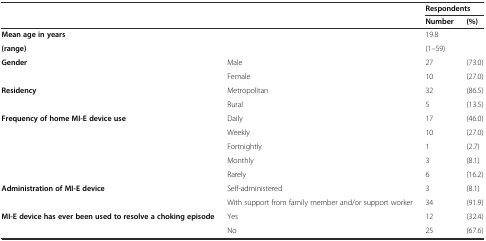
|  |  | <COLSPAN=2> Respondents |
 |  |  | Number | (%) |
 | --- | --- | --- | --- |
 | Mean age in years |  | 19.8 |  |
 | (range) |  | (1–59) |  |
 | Gender | Male | 27 | (73.0) |
 |  | Female | 10 | (27.0) |
 | Residency | Metropolitan | 32 | (86.5) |
 |  | Rural | 5 | (13.5) |
 | Frequency of home MI-E device use | Daily | 17 | (46.0) |
 |  | Weekly | 10 | (27.0) |
 |  | Fortnightly | 1 | (2.7) |
 |  | Monthly | 3 | (8.1) |
 |  | Rarely | 6 | (16.2) |
 | Administration of MI-E device | Self-administered | 3 | (8.1) |
 |  | With support from family member and/or support worker | 34 | (91.9) |
 | MI-E device has ever been used to resolve a choking episode | Yes | 12 | (32.4) |
 |  | No | 25 | (67.6) |